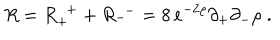
R = R _ { + } ^ { \ \ + } + R _ { - } ^ { \ \ - } = 8 \, e ^ { - 2 \rho } \partial _ { + } \partial _ { - } \rho \; .